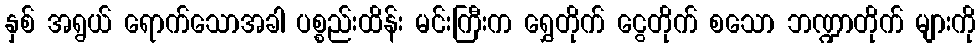
နှစ် အရွယ် ရောက်သောအခါ ပစ္စည်းထိန်း မင်းကြီးက ရွှေတိုက် ငွေတိုက် စသော ဘဏ္ဍာတိုက် များကို